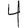
Digit: 4